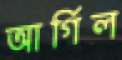
আর্গিল